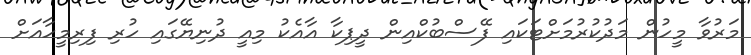
މަރުވާ މީހުން މަދުކުރުމަށްޓަކައި ފޭސްބުކްއިން ދީޕިކާ އާއެކު މިއީ ދުނިޔޭގައި ހުރި ފިރިމީހާއަށް